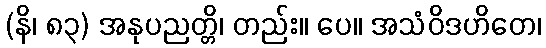
(နိ၊ ၈၃) အနုပညတ္တိ၊ တည်း။ ပေ။ အသံဝိဒဟိတေ၊